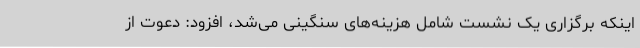
اینکه برگزاری یک نشست شامل هزینه‌های سنگینی می‌شد، افزود: دعوت از